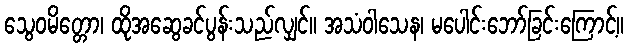
သွေဝမိတ္တော၊ ထိုအဆွေခင်ပွန်းသည်လျှင်။ အသံဝါသေန၊ မပေါင်းဘော်ခြင်းကြောင့်။